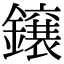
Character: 𮣐